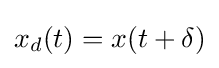
x_{d}(t)=x(t+\delta )